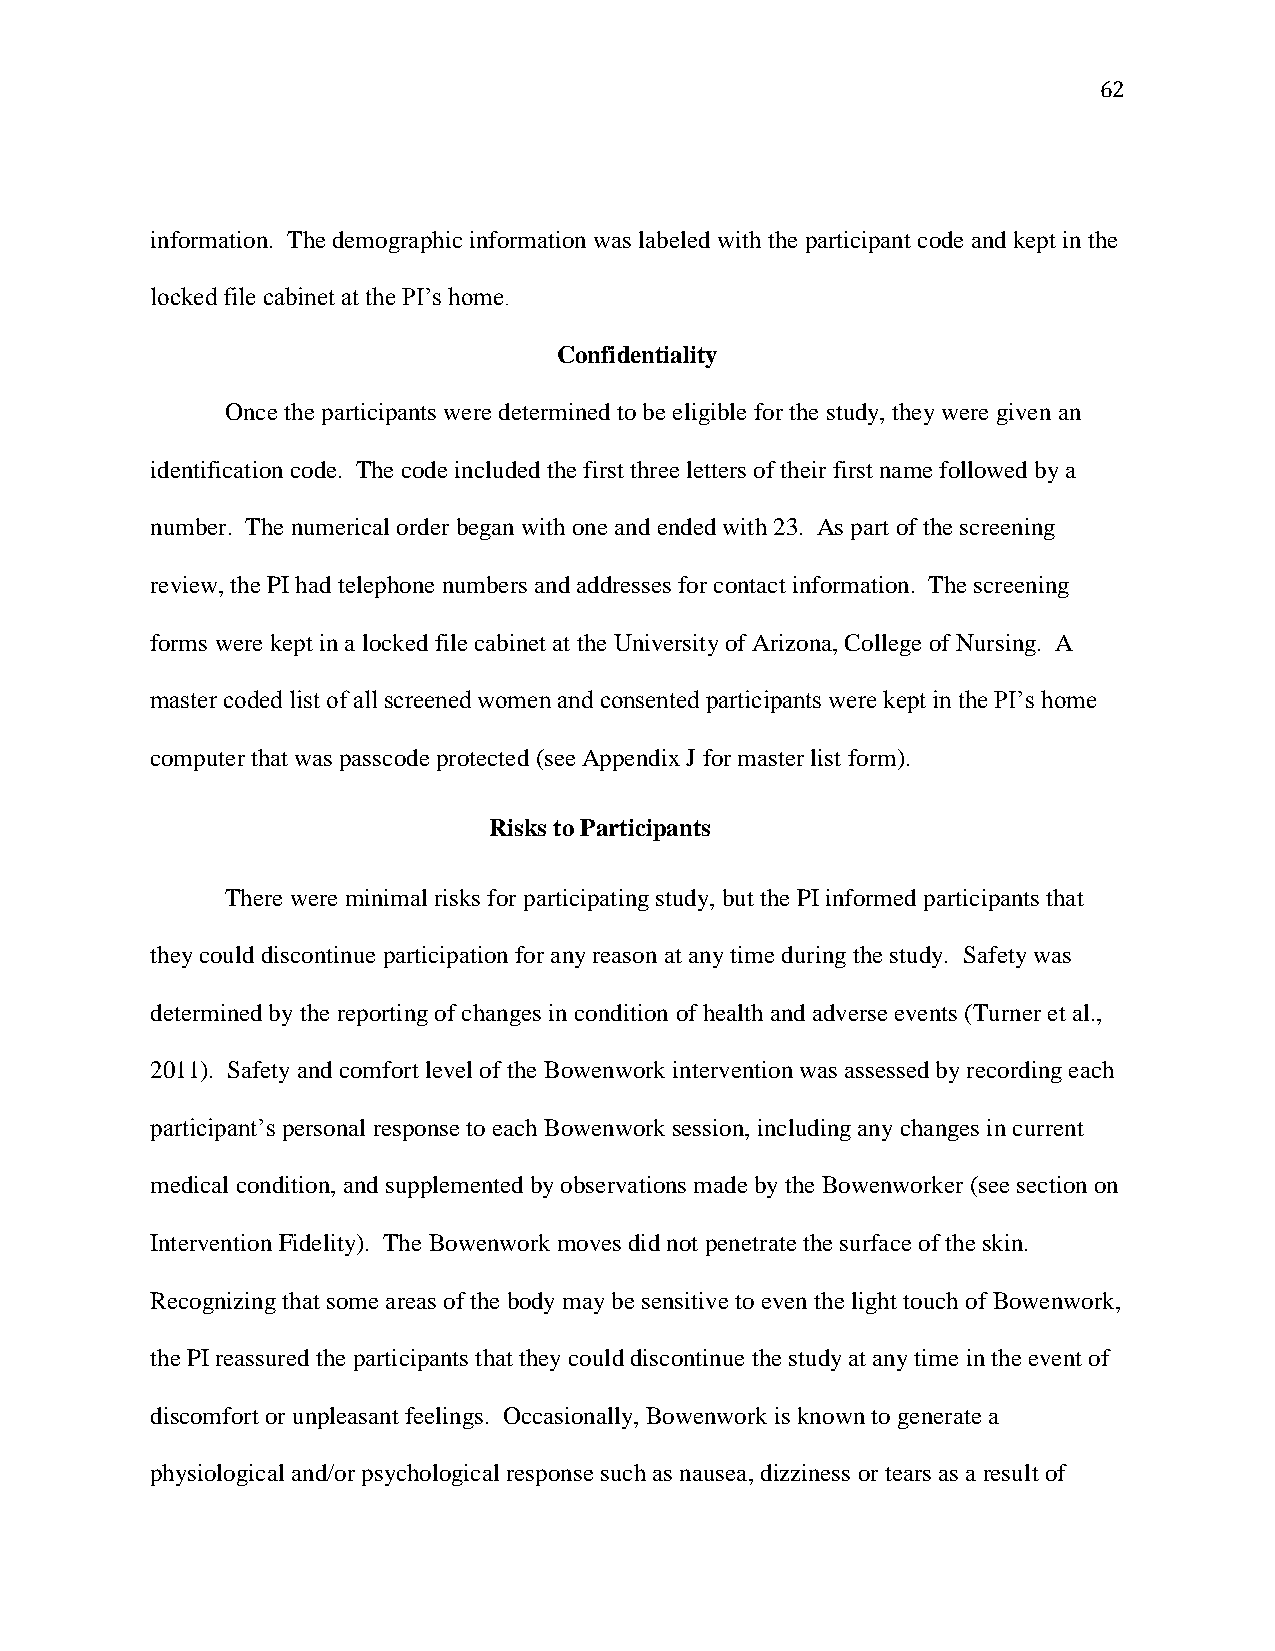
62
 information. The demographic information was labeled with the participant code and kept in the
 locked file cabinet at the PI’s home.
 Confidentiality
 Once the participants were determined to be eligible for the study, they were given an
 identification code. The code included the first three letters of their first name followed by a
 number. The numerical order began with one and ended with 23. As part of the screening
 review, the PI had telephone numbers and addresses for contact information. The screening
 forms were kept in a locked file cabinet at the University of Arizona, College of Nursing. A
 master coded list of all screened women and consented participants were kept in the PI’s home
 computer that was passcode protected (see Appendix J for master list form).
 Risks to Participants
 There were minimal risks for participating study, but the PI informed participants that
 they could discontinue participation for any reason at any time during the study. Safety was
 determined by the reporting of changes in condition of health and adverse events (Turner et al.,
 2011). Safety and comfort level of the Bowenwork intervention was assessed by recording each
 participant’s personal response to each Bowenwork session, including any changes in current
 medical condition, and supplemented by observations made by the Bowenworker (see section on
 Intervention Fidelity). The Bowenwork moves did not penetrate the surface of the skin.
 Recognizing that some areas of the body may be sensitive to even the light touch of Bowenwork,
 the PI reassured the participants that they could discontinue the study at any time in the event of
 discomfort or unpleasant feelings. Occasionally, Bowenwork is known to generate a
 physiological and/or psychological response such as nausea, dizziness or tears as a result of